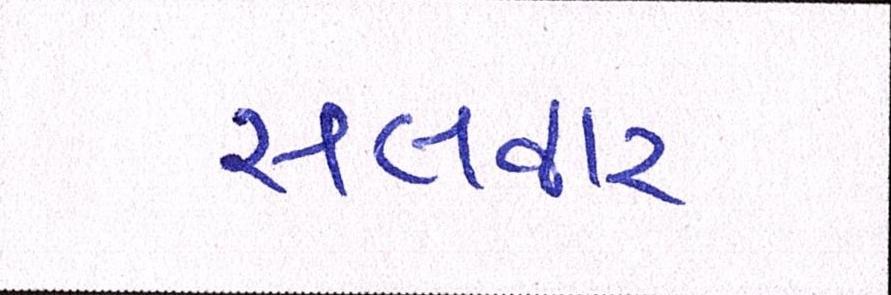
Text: સલવાર